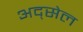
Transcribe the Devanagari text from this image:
अद्सेल